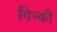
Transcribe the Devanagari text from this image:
विन्की